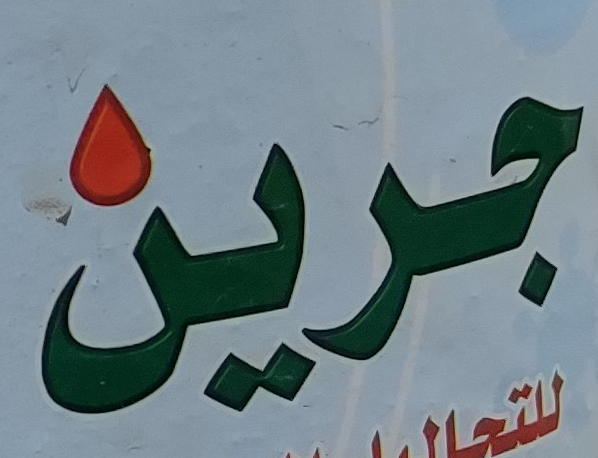
جرين